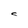
Character: C